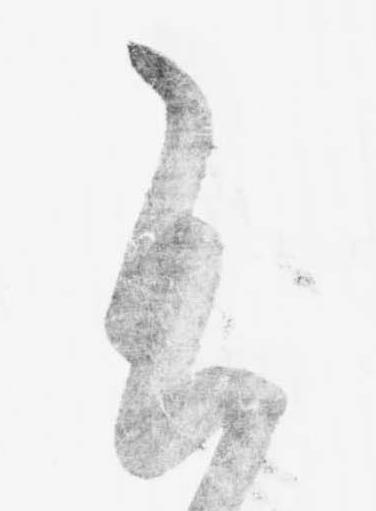
近